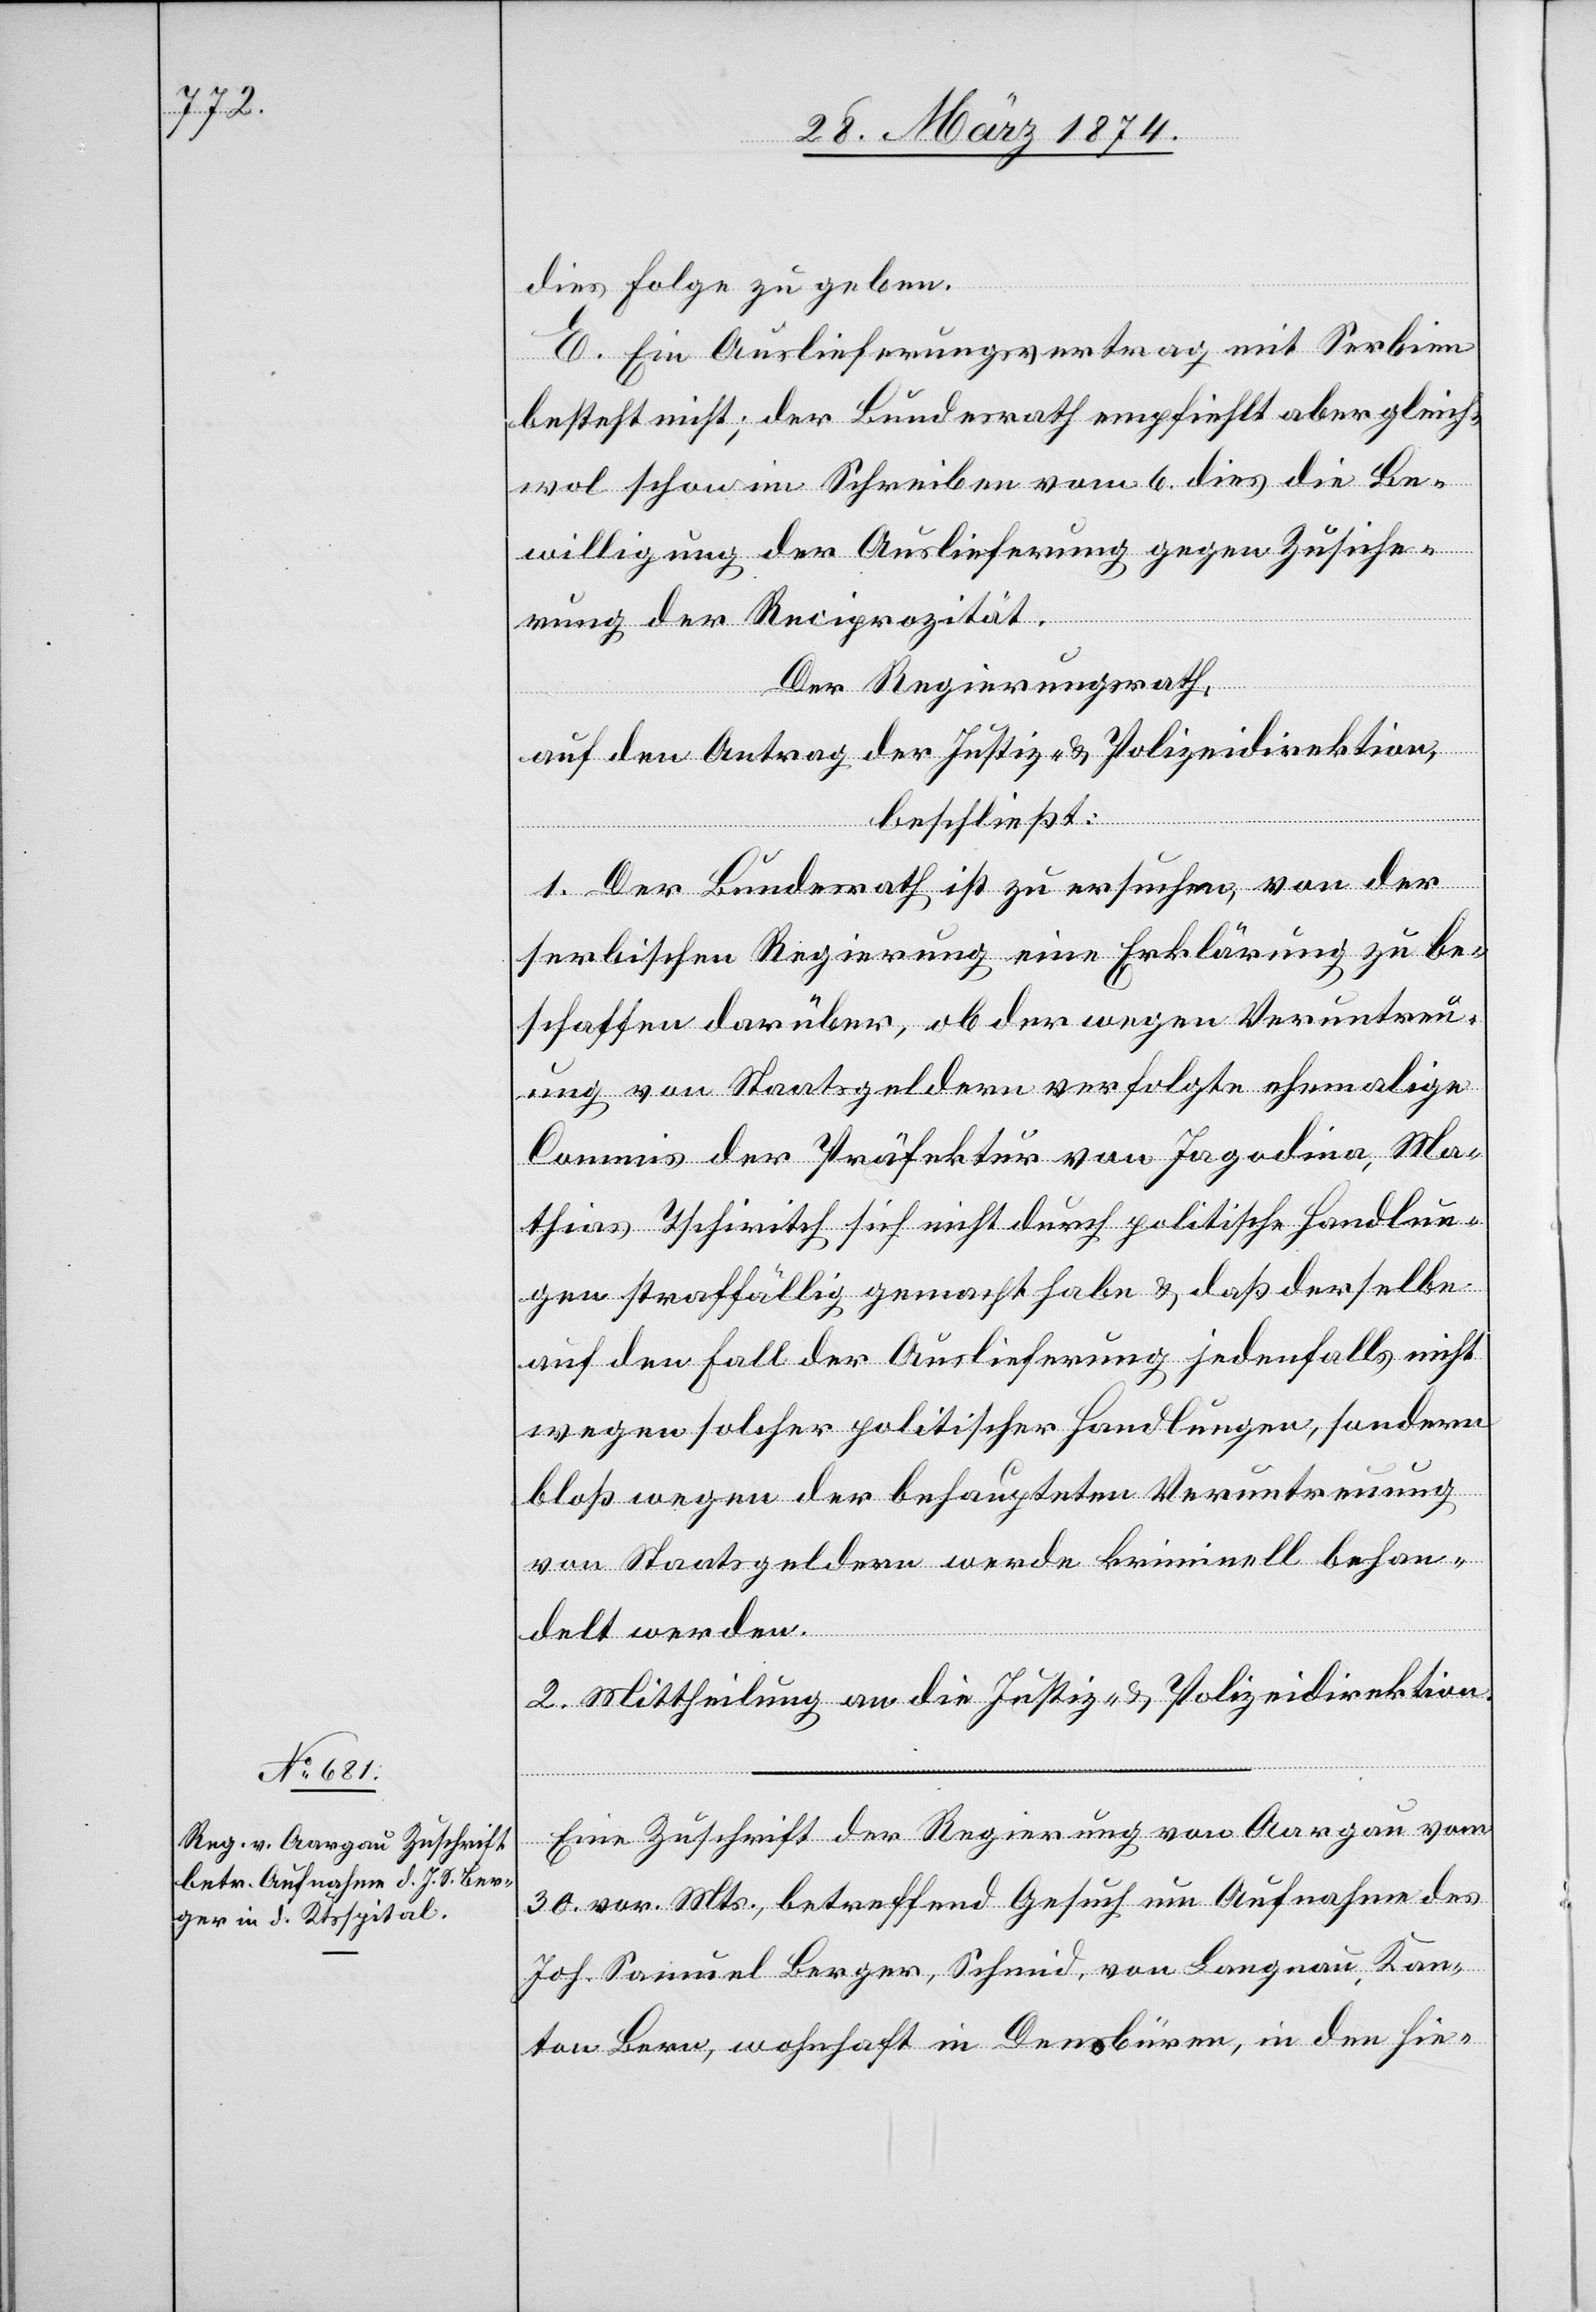
1874.]

dies Folge zu geben.
E. Ein Auslieferungsvertrag mit Serbien
besteht nicht, der Bundesrath empfiehlt aber gleich¬
wol schon im Schreiben vom 6. dies die Be¬
willigung der Auslieferung gegen Zusiche¬
rung der Reciprozität.
Der Regierungsrath,
auf den Antrag der Justiz- u. Polizeidirektion,
beschließt:
1. Der Bundesrath ist zu ersuchen, von der
serbischen Regierung eine Erklärung zu be¬
schaffen darüber, ob der wegen Veruntreu¬
ung von Staatsgeldern verfolgte ehemalige
Commis der Präfektur von Jagodina, Ma¬
thias Tschiritch sich nicht durch politische Handlun¬
gen straffällig gemacht habe u. daß derselbe
auf den Fall der Auslieferung jedenfalls nicht
wegen solcher politischer Handlungen, sondern
bloß wegen der behaupteten Veruntreuung
von Staatsgeldern werde kriminell behan¬
delt werden.
2. Mittheilung an die Justiz- u. Polizeidirektion.
Eine Zuschrift der Regierung von Aargau vom
30. vor. Mts., betreffend Gesuch um Aufnahme des
Joh. Samuel Berger, Schmid, von Langnau, Kan¬
ton Bern, wohnhaft in Densbüren, in den hie-